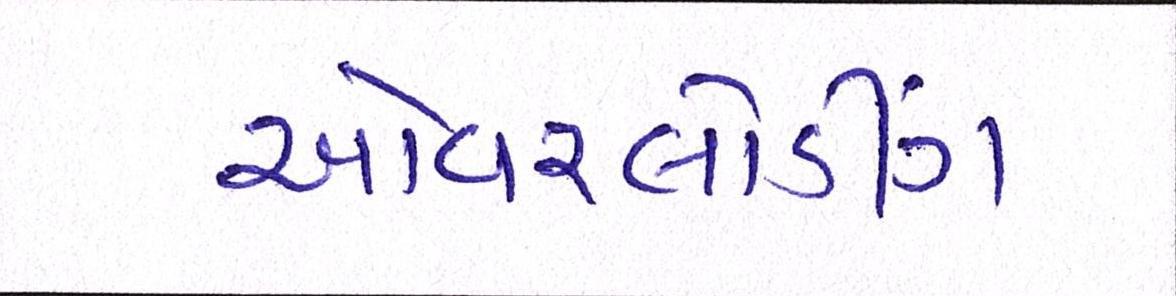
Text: ઓવરલોડીંગ